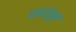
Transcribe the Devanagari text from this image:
छटांतून